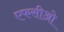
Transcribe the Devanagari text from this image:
एफसीओ